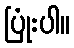
ပြုံးပါ။